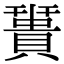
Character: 𧷩